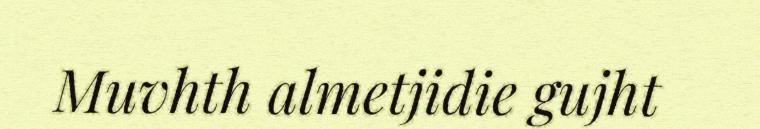
Muvhth almetjidie gujht